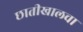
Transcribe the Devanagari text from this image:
छातीखालचा